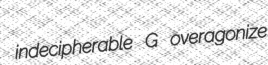
indecipherable G overagonize